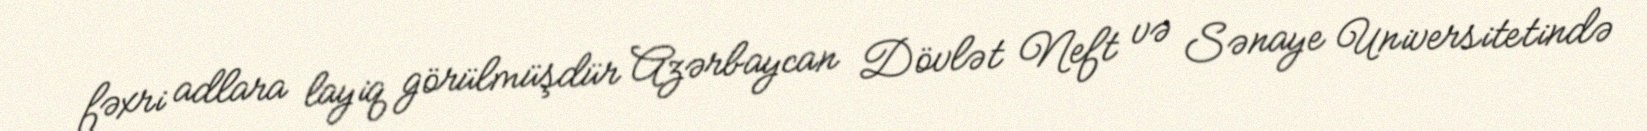
fəxri adlara layiq görülmüşdür Azərbaycan Dövlət Neft və Sənaye Universitetində